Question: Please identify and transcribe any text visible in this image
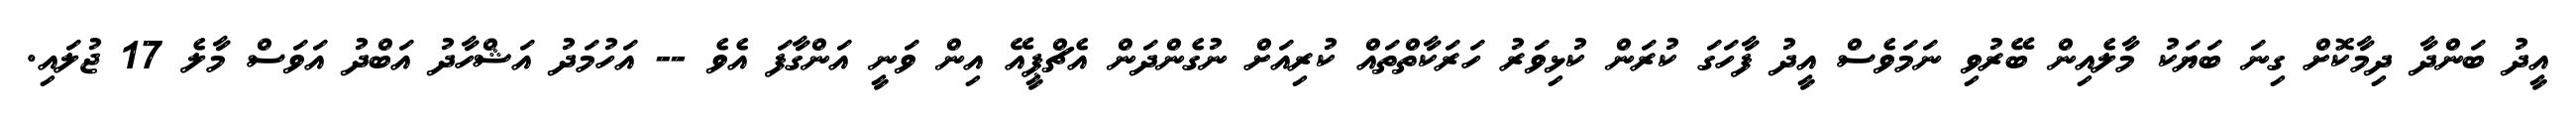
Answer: އީދު ބަންދާ ދިމާކޮށް ގިނަ ބަޔަކު މާލެއިން ބޭރުވި ނަމަވެސް އީދު ފާހަގަ ކުރަން ކުޅިވަރު ހަރަކާތްތައް ކުރިއަށް ނުގެންދަން އެޗްޕީއޭ އިން ވަނީ އަންގާފަ އެވެ -- އަހުމަދު އަޝްހާދު އަބްދު އަވަސް މާލެ 17 ޖުލައި.